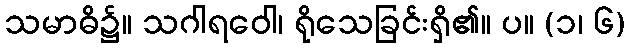
သမာဓိ၌။ သဂါရဝေါ၊ ရိုသေခြင်းရှိ၏။ ပ။ (၁၊ ၆)